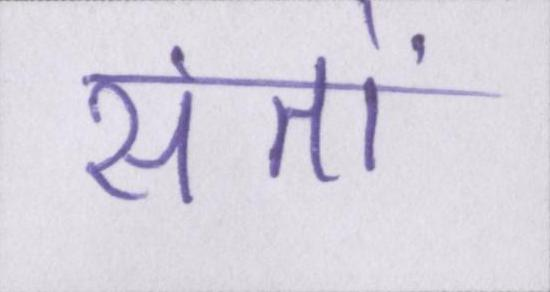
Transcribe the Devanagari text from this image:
संतों